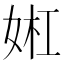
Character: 𫰬